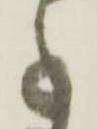
事